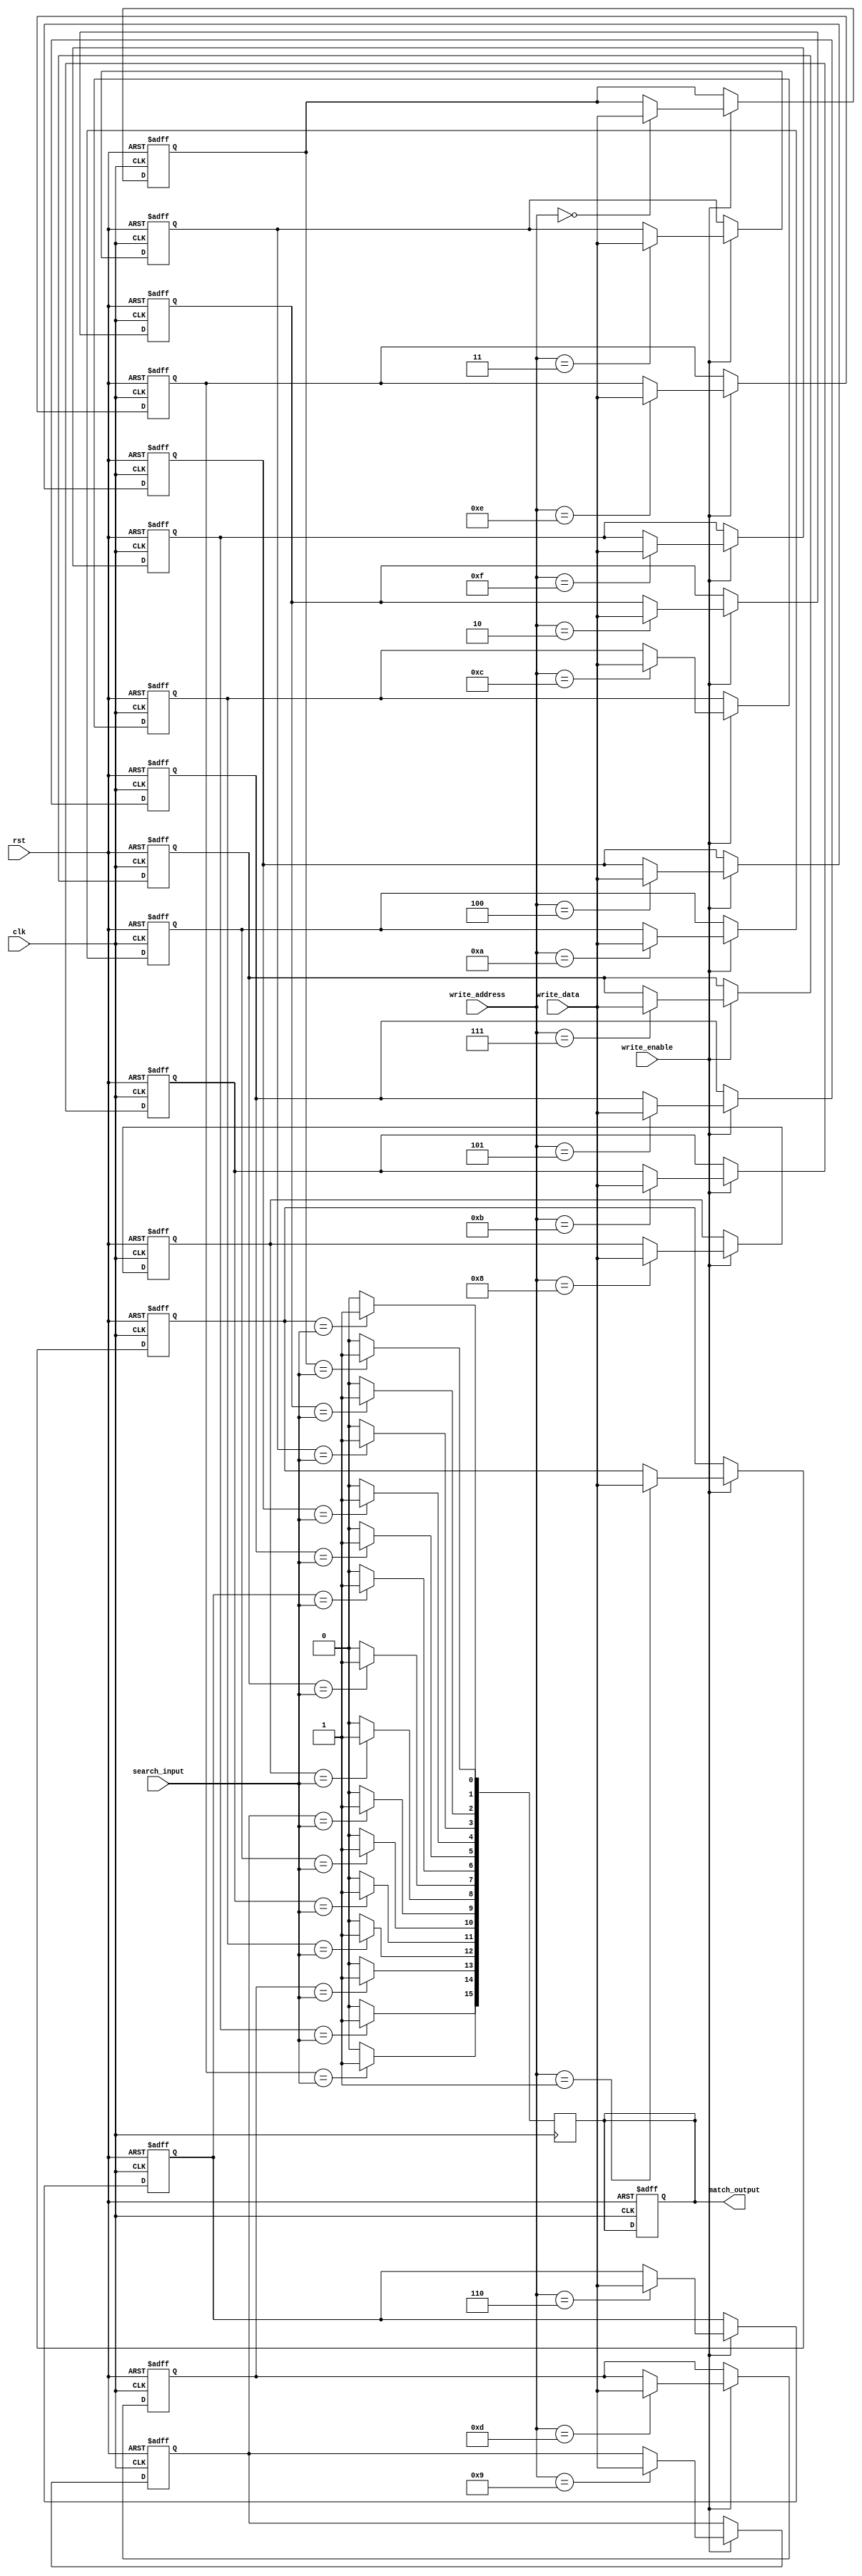
module MultimatchCAM #(
    parameter WORD_SIZE = 8,     // Size of each word
    parameter DEPTH = 16          // Number of entries
) (
    input wire clk,               // Clock signal
    input wire rst,               // Reset signal
    input wire [WORD_SIZE-1:0] search_input, // Input data to search
    input wire write_enable,       // Write enable signal
    input wire [WORD_SIZE-1:0] write_data, // Data to write
    input wire [$clog2(DEPTH)-1:0] write_address, // Address to write data
    output reg [DEPTH-1:0] match_output // Match output (1 for match, 0 for no match)
);

    // Memory array to store data
    reg [WORD_SIZE-1:0] memory [0:DEPTH-1];

    // Match lines
    integer i;

    // Write operation
    always @(posedge clk or posedge rst) begin
        if (rst) begin
            // Reset all memory entries
            for (i = 0; i < DEPTH; i = i + 1) begin
                memory[i] <= {WORD_SIZE{1'b0}};
            end
            match_output <= {DEPTH{1'b0}};
        end else if (write_enable) begin
            // Write data to specified address
            memory[write_address] <= write_data;
        end
    end

    // Search operation
    always @(posedge clk) begin
        // Clear match output
        match_output <= {DEPTH{1'b0}};
        
        // Compare search input with each entry in memory
        for (i = 0; i < DEPTH; i = i + 1) begin
            if (memory[i] == search_input) begin
                match_output[i] <= 1'b1; // Set match line for this entry
            end
        end
    end

endmodule